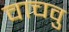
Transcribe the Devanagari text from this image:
वाचवु